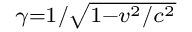
\scriptstyle \gamma = 1 / { \sqrt { 1 - { v ^ { 2 } } / { c ^ { 2 } } } }